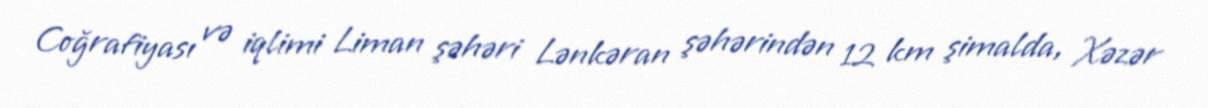
Coğrafiyası və iqlimi Liman şəhəri Lənkəran şəhərindən 12 km şimalda, Xəzər